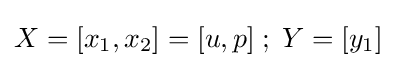
X=[x_{1},x_{2}]=[u,p]\;;\;Y=[y_{1}]